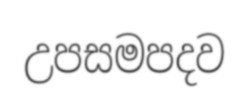
උපසමපදව